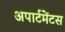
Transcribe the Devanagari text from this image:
अपार्टमेंटस